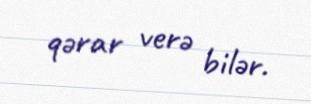
qərar verə bilər.